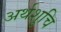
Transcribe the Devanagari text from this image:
अर्थशुचि